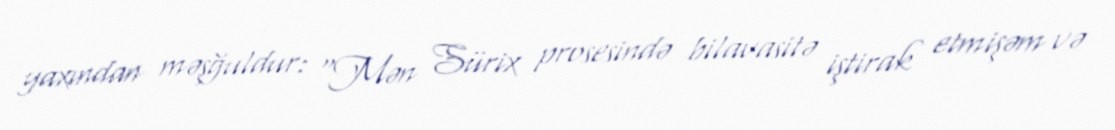
yaxından məşğuldur: “Mən Sürix prosesində bilavasitə iştirak etmişəm və